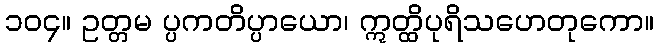
၁၀၄။ ဥတ္တမ ပ္ပကတိပ္ပာယော၊ ဣတ္ထိပုရိသဟေတုကော။